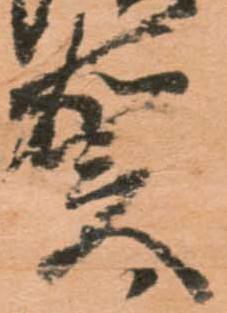
賀